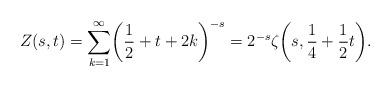
LaTeX: \begin{align*}Z(s,t)=\sum_{k=1}^{\infty}\biggl(\frac{1}{2}+t+2k\biggr)^{-s}=2^{-s}\zeta\biggl(s,\frac{1}{4}+\frac{1}{2}t\biggr).\end{align*}